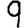
Digit: 9